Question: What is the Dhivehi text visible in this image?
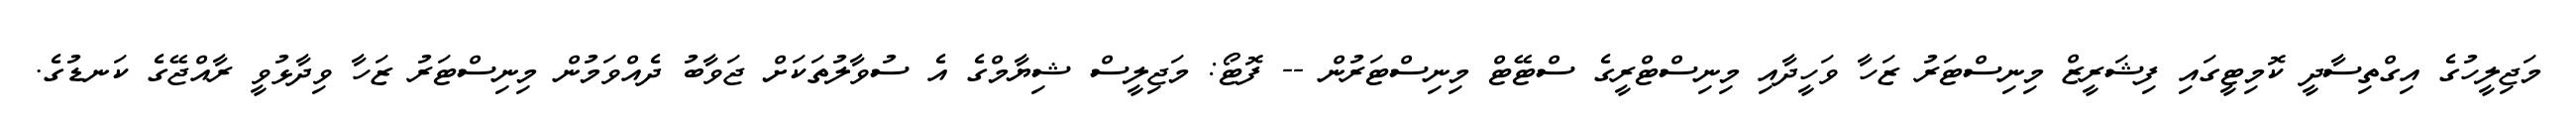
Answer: މަޖިލީހުގެ އިގްތިސާދީ ކޮމިޓީގައި ފިޝަރީޒް މިނިސްޓަރު ޒަހާ ވަހީދާއި މިނިސްޓްރީގެ ސްޓޭޓް މިނިސްޓަރުން -- ފޮޓޯ: މަޖިލީސް ޝިޔާމްގެ އެ ސުވާލުތަކަށް ޖަވާބު ދެއްވަމުން މިނިސްޓަރު ޒަހާ ވިދާޅުވީ ރާއްޖޭގެ ކަނޑުގެ.